King Institute of Preventive Medicine Micro-Biological Section reports 1909-11
Year: 1909
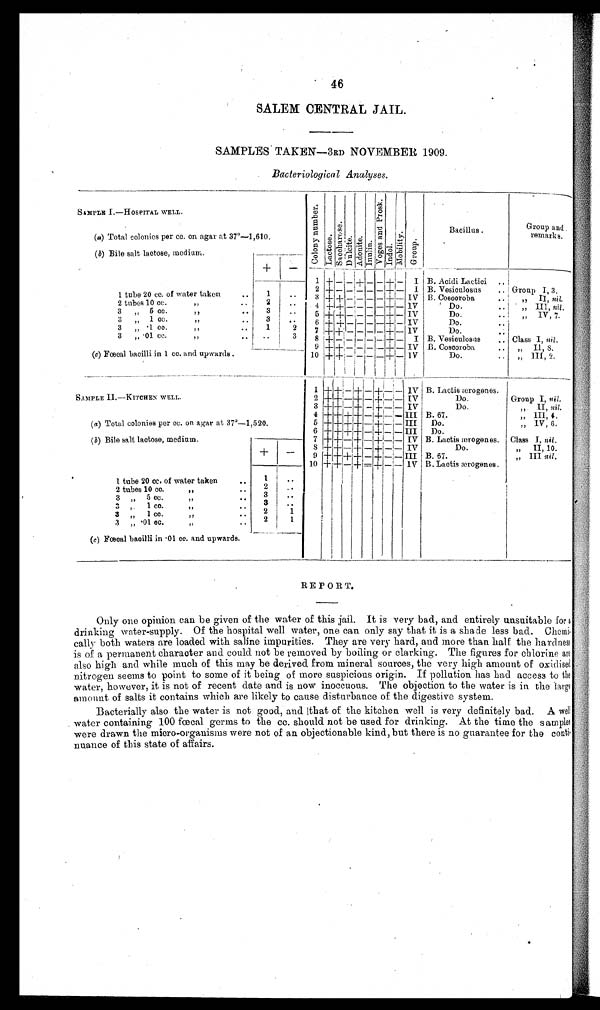
46
SALEM CENTRAL JAIL.
SAMPLES TAKEN— 3RD NOVEMBER 1909.
Bacteriologica1 Analyses.
SAMPLE I.—HOSPITAL WELL.
C o l o n y n u m b e r s . L a c t o s e . S a c c h a r o s e . Du l c i t e . Ad o n i t e . I nul i n.
V o g e s a n d P r o s k .
I ndol .
M o b i l i t y . Group.
Bacillus
Group and
remarks.
(a) Total colonies per cc. on agar at 37º—
1,610.
(b) Bile salt lactose, mediu
m
+ —
1 + —
—
+ — — +
—
I B. Acidi Lactici ..
2 +
— — — —
— +
—
I B. Vesiculosus .. Group I , 3 .
1 tube 20 cc. of water taken
. . 1
. . 3 + +
—
— — — +
—
IV B. Coscoroba ..
II,n i l .
2 tubes 10 CC.
,,
..
2
. . 4 + +
— — — — +
—
IV
Do. .. ,, III, nil.
3 „
5 c c .
,,
..
3
. . 5 + + — — — —
+
—
I V
Do. .. ,, IV, 7.
3 „
1 c c .
,, ..
3
. . 6 + + — — — — +
—
IV
Do ..
3 „ ·1 cc.
,, .. 1
2 7 +
+ — — —
—
+
—
IV
Do. ..
3 , , ·01 cc.
,, .. . .
3 8 +
— — — — —
+ — I B. Vesiculosus ..
Class I, nil.
____
9 + +
— — — —
+
—
IV B. Coscoroba .. „ II, S.
(c) Fœcal bacilli in 1 cc. and upwards.
10 + +
— — — —
+
—
I V
D o . . .
I I I , 2 .
1 +
+
—
+
—
+
— —
IV B. Lactis æroerogenes.
S A M P L E I I — K I T C H E N W E L L .
2 + +
—
+
—
+
— —
IV
Do.
Group I, n i l .
3 + +
—
+
—
+
— —
IV
Do.
„ II, nil.
4 +
+
+ +
—
+
— —
I I I B. 67.
„ III, 4.
(a) Total colonies per cc. on agar at 37º—
1,520.
5 + + +
+
—
+
— —
III I Do.
„ IV, 6.
6 + +
+ +
—
+
— —
III Do.
(b) Bile salt lactose, medium.
7 + +
—
+
—
+
— —
IV B. Lactis ærogenes. Class I. n i l .
8 + +
—
+
—
+
— —
IV
Do.
, , I I , 1 0 .
+
—
9 + + + +
+
—
+
— —
III B. 67.
„ III nil.
10 + +
—
+ = + —
—
IV B. Lactis ærogenes.
1 tube 20 cc. of water taken
. . 1
. .
2 tubes 10 cc.
, ,
. .
2
. .
3 , , 5 cc.
, ,
. . 3
. .
3 , , 1 cc
,, ..
3
. .
3 , , 1 cc.
,, ..
2
1
3 „ ·01 cc.
, ,
. .
2
1
(c) Fœcal bacilli in ·01 cc. and upwards.
REPORT.
Only one opinion can be given of the water of this jail. It is very bad, and entirely unsuitable for a
drinking water-supply. Of the hospital well water, one can only say that it is a shade less bad. Chemi
cally both waters are loaded with saline impurities. They are very hard, and more than half the hardness
is of a permanent character and could not be removed by boiling or clarking. The figures for chlorine are
also high and while much of this may be derived from mineral sources, the very high amount of oxidised
nitrogen seems to point to some of it being of more suspicious origin. If pollution. has had access to the
water, however, it is not of recent date and is now inoccuons. The objection to the water is in the large
amount of salts it contains which are likely to cause disturbance of the digestive system.
Bacterially also the water is not good, and that of the kitchen well is very definitely bad. A well
water containing 100 fœcal germs to the cc. should not be used for drinking. At the time the samples
were drawn the micro-organisms were not of an objectionable kind, but there is no guarantee for the conti
nuance of this state of affairs.